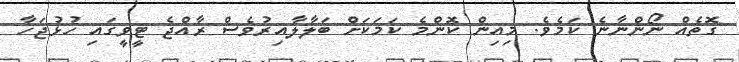
ގޮތެއް ނޯންނާނެ ކަމެވެ. މިއިން ކޮންމެ ކަމަކަށް ބަލާލާއިރުވެސް ރާއްޖެ ޓީވީގައި ހުޅުޖަހާ